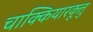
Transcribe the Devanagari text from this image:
चाक्कियारकूत्तु